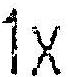
1X